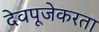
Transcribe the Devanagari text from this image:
देवपूजेकरता